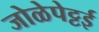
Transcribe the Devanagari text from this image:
जोळेपेट्टई